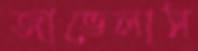
জাভেলাস